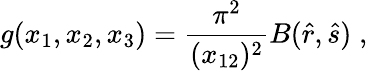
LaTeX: g(x_{1},x_{2},x_{3})=\frac{\pi^{2}}{(x_{12})^{2}}B(\hat{r},\hat{s})\; ,